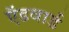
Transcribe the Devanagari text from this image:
ऍडवार्ड